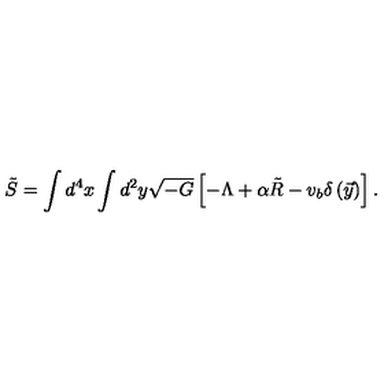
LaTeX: \tilde { S } = \int d ^ { 4 } x \int d ^ { 2 } y \sqrt { - G } \left[ - \Lambda + \alpha \tilde { R } - v _ { b } \delta \left( \vec { y } \right) \right] .